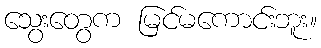
သွေးတွေက မြင်မကောင်းဘူး။